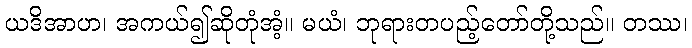
ယဒိအာဟ၊ အကယ်၍ဆိုတုံအံ့။ မယံ၊ ဘုရားတပည့်တော်တို့သည်။ တဿ၊